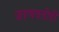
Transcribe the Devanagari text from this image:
जाणवतोही